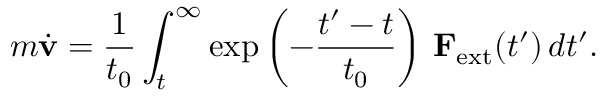
m { \dot { \mathbf { v } } } = { \frac { 1 } { t _ { 0 } } } \int _ { t } ^ { \infty } \exp \left( - { \frac { t ^ { \prime } - t } { t _ { 0 } } } \right) \, \mathbf { F } _ { \mathrm { e x t } } ( t ^ { \prime } ) \, d t ^ { \prime } .